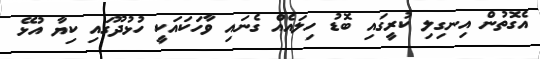
އެގޮތުން އިނގިލި ކުރީގައި ބޮޑު ހިލައެއް ގެނައި ވާހަކައަކީ ހުޅުދޫގައި ކިޔާ އުޅޭ